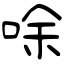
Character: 唋